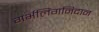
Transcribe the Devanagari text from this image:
गर्भलिंगनिदान